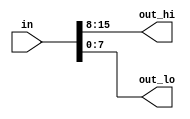
/*
type [upper:lower] vector_name;

wire [7:0] w;         // 8-bit wire
reg  [4:1] x;         // 4-bit reg
output reg [0:0] y;   // 1-bit reg that is also an output port (this is still a vector)
input wire [3:-2] z;  // 6-bit wire input (negative ranges are allowed)
output [3:0] a;       // 4-bit output wire. Type is 'wire' unless specified otherwise.
wire [0:7] b;         // 8-bit wire where b[0] is the most-significant bit.




*/

`default_nettype none     // Disable implicit nets. Reduces some types of bugs.
/*
Implicit nets: think of it as implicit casting due to variable types

Packed arrays:
reg [7:0] mem [255:0];   // 256 unpacked elements, each of which is a 8-bit packed vector of reg.
reg mem2 [28:0];         // 29 unpacked elements, each of which is a 1-bit reg.

*/


module top_module( 
    input wire [15:0] in,
    output wire [7:0] out_hi,
    output wire [7:0] out_lo );

    assign out_hi = in[15:8];
    assign out_lo = in[7:0];

endmodule